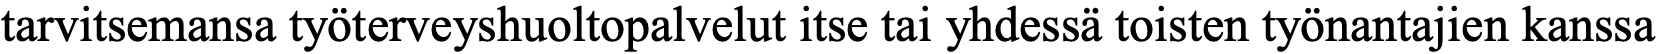
tarvitsemansa työterveyshuoltopalvelut itse tai yhdessä toisten työnantajien kanssa